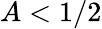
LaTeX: A<1/2